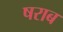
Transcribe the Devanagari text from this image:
षराब